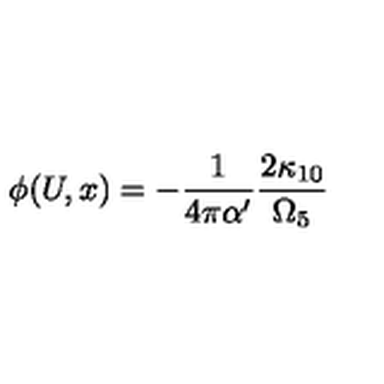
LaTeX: \phi ( U , x ) = - \frac { 1 } { 4 \pi \alpha ^ { \prime } } \frac { 2 \kappa _ { 1 0 } } { \Omega _ { 5 } }